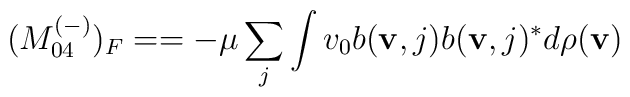
(M_{04}^{(-)})_F==-\mu\sum_{j}\int\nolimits v_0b({\bf v},j)b({\bf v},j)^*d\rho({\bf v})